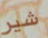
شير